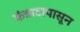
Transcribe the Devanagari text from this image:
कंत्राटापासून